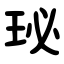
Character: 珌